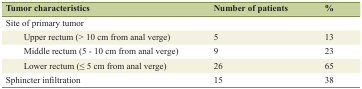
<table><thead><tr><td><b>Tumor characteristics</b></td><td><b>Number of patients</b></td><td><b>%</b></td></tr></thead><tbody><tr><td>Site of primary tumor</td><td></td><td></td></tr><tr><td>Upper rectum (&gt; 10 cm from anal verge)</td><td>5</td><td>13</td></tr><tr><td>Middle rectum (5 - 10 cm from anal verge)</td><td>9</td><td>23</td></tr><tr><td>Lower rectum (≤ 5 cm from anal verge)</td><td>26</td><td>65</td></tr><tr><td>Sphincter infiltration</td><td>15</td><td>38</td></tr></tbody></table>